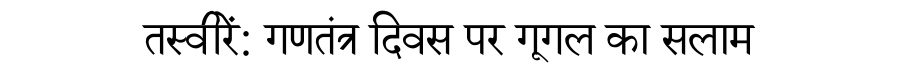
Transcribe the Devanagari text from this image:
तस्वीरें: गणतंत्र दिवस पर गूगल का सलाम